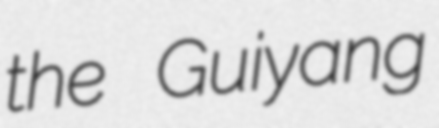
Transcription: the Guiyang